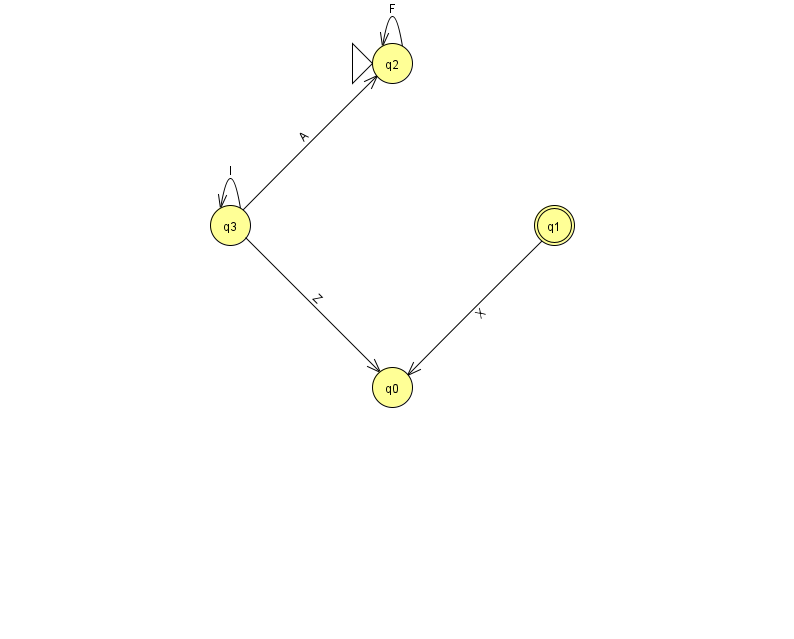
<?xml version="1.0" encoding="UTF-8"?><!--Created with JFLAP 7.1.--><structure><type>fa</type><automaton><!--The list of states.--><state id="0" name="q0"><x>392.0</x><y>374.0</y></state><state id="1" name="q1"><x>554.0</x><y>212.0</y><final/></state><state id="2" name="q2"><x>392.0</x><y>50.0</y><initial/></state><state id="3" name="q3"><x>230.0</x><y>212.0</y></state><!--The list of transitions.--><transition><from>1</from><to>0</to><read>X</read></transition><transition><from>2</from><to>2</to><read>F</read></transition><transition><from>3</from><to>3</to><read>I</read></transition><transition><from>3</from><to>2</to><read>A</read></transition><transition><from>3</from><to>0</to><read>Z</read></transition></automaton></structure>